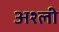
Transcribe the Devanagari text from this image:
अश्ली